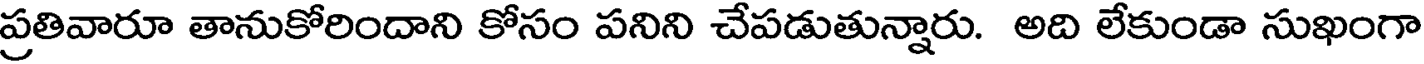
ప్రతివారూ తానుకోరిందాని కోసం పనిని చేపడుతున్నారు. అది లేకుండా సుఖంగా